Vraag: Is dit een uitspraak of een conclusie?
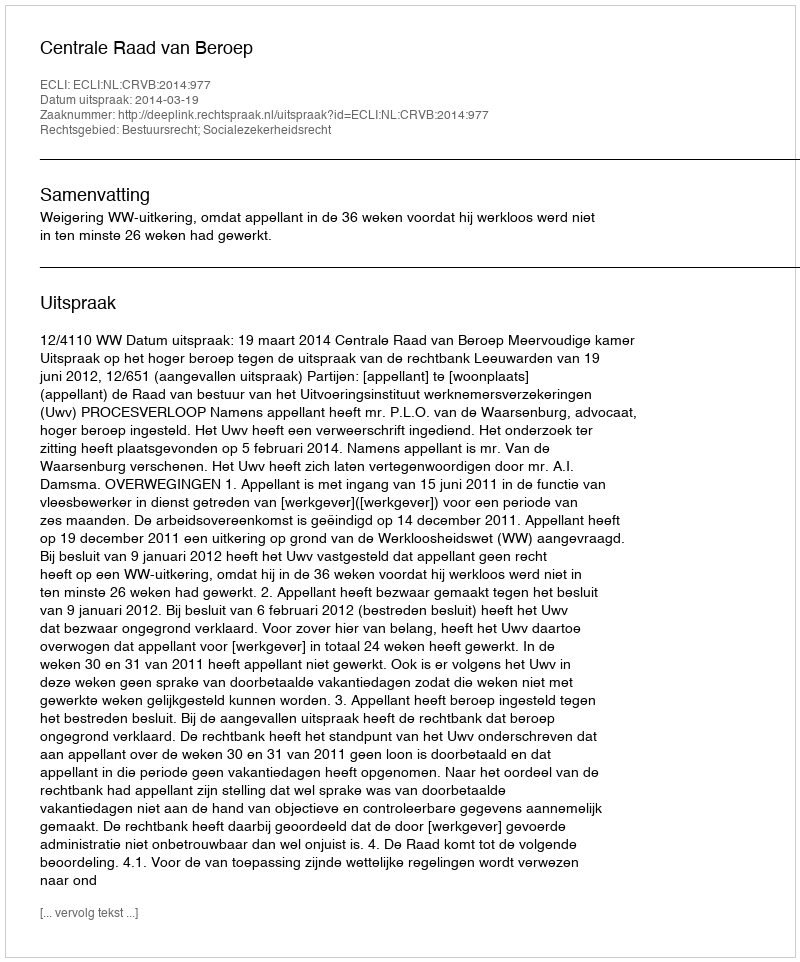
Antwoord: Uitspraak